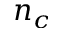
n _ { c }